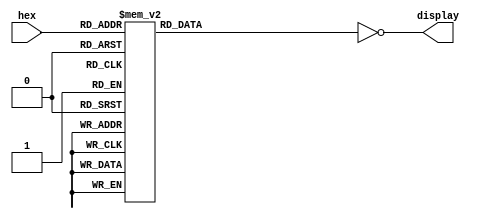
module hex7segment(
    input      [3:0] hex,
    output reg [6:0] display);

reg [6:0] inverted;

always @(hex) begin
    case(hex)
        4'h0 : inverted = 7'b0111111;
        4'h1 : inverted = 7'b0000110;
        4'h2 : inverted = 7'b1011011;
        4'h3 : inverted = 7'b1001111;
        4'h4 : inverted = 7'b1100110;
        4'h5 : inverted = 7'b1101101;
        4'h6 : inverted = 7'b1111101;
        4'h7 : inverted = 7'b0000111;
        4'h8 : inverted = 7'b1111111;
        4'h9 : inverted = 7'b1101111;
        4'ha : inverted = 7'b1110111;
        4'hb : inverted = 7'b1111100;
        4'hc : inverted = 7'b0111001;
        4'hd : inverted = 7'b1011110;
        4'he : inverted = 7'b1111001;
        4'hf : inverted = 7'b1110001;
        default : inverted = 7'b0000000;
    endcase
    
    display = ~inverted;
end

endmodule
module lab2ex1(
    input  [3:0] SW,
    output [6:0] HEX0);
    
hex7segment(SW, HEX0);
endmodule